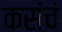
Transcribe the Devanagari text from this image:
कसंचं